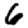
Digit: 6